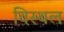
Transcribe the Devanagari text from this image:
विस्थल